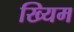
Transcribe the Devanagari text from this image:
ख्यिम